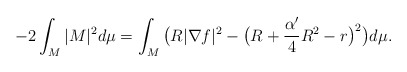
\begin{align*}-2\int_M|M|^2d\mu=\int_M\big(R|\nabla f|^2-\big(R+\frac{\alpha'}{4}R^2-r\big)^2\big)d\mu.\end{align*}